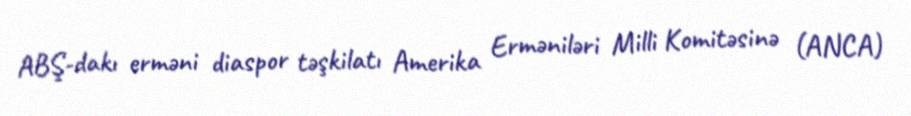
ABŞ-dakı erməni diaspor təşkilatı Amerika Erməniləri Milli Komitəsinə (ANCA)